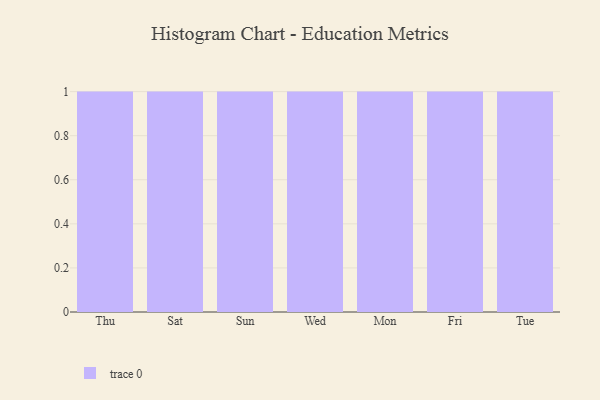
{"axis": {"x": "Day", "y": "Active Users"}, "legend": [""], "data": [{"x": "Thu", "y": 74, "type": ""}, {"x": "Sat", "y": 4, "type": ""}, {"x": "Sun", "y": 43, "type": ""}, {"x": "Wed", "y": 69, "type": ""}, {"x": "Mon", "y": 100, "type": ""}, {"x": "Fri", "y": 27, "type": ""}, {"x": "Tue", "y": 72, "type": ""}]}